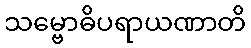
သမ္ဗောဓိပရာယဏာတိ